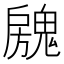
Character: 𱆝